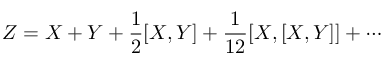
Z = X + Y + { \frac { 1 } { 2 } } [ X , Y ] + { \frac { 1 } { 1 2 } } [ X , [ X , Y ] ] + \cdots